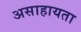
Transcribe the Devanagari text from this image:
असाहायता